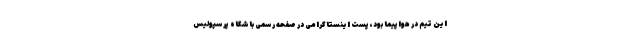
این تیم در هواپیما بود، پست اینستاگرامی در صفحه رسمی باشگاه پرسپولیس